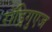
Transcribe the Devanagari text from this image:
राॅड्रिगुएज